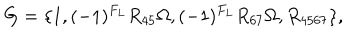
G = \{ 1 , ( - 1 ) ^ { F _ { L } } R _ { 4 5 } \Omega , ( - 1 ) ^ { F _ { L } } R _ { 6 7 } \Omega , R _ { 4 5 6 7 } \} ,